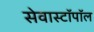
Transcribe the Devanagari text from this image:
सेवास्टॉपॉल